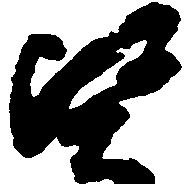
堅